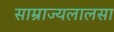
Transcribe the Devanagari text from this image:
साम्राज्यलालसा